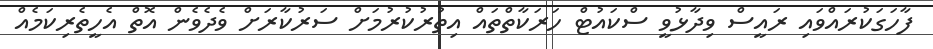
ފާހަގަކުރައްވައި ރައީސް ވިދާޅުވީ ސްކައުޓް ހަރަކާތްތައް އިތުރުކުރުމަށް ސަރުކާރަށް ވެދެވެން އޮތް އެހީތެރިކަމެއް